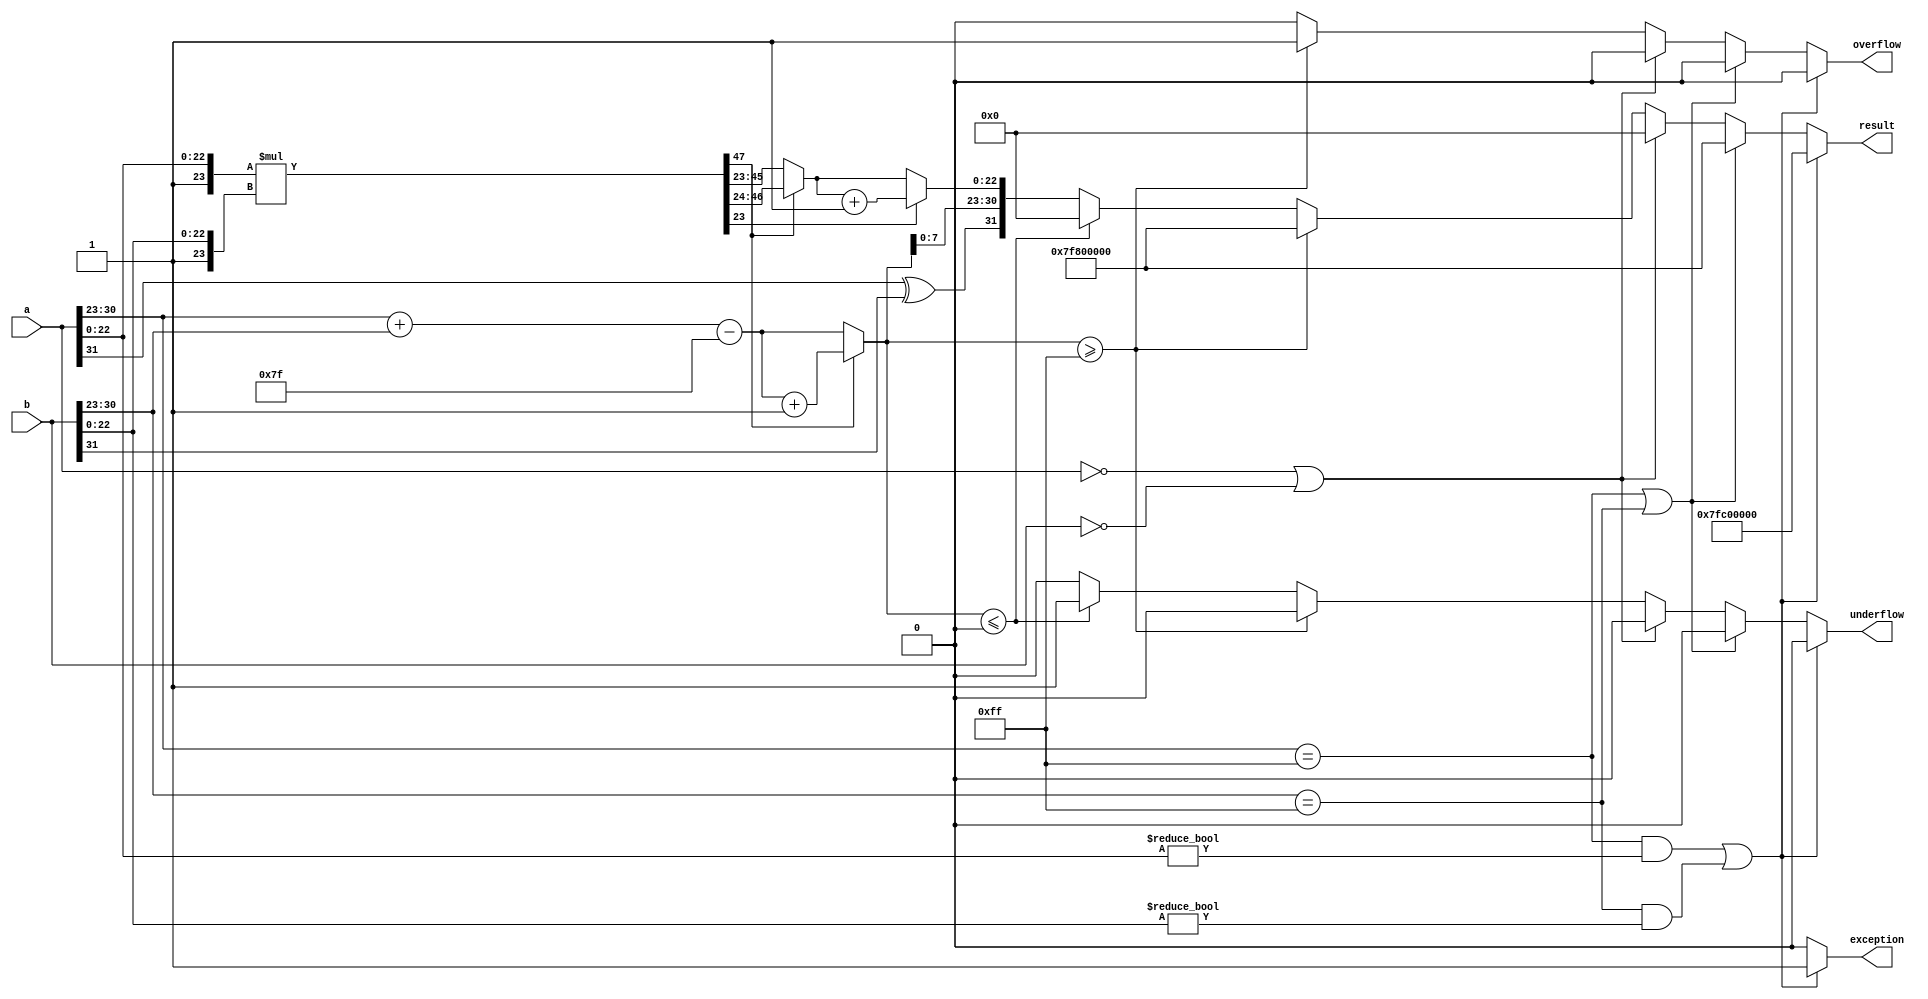
module floating_point_multiplier (
    input  wire [31:0] a,          // Input floating-point number a
    input  wire [31:0] b,          // Input floating-point number b
    output reg  [31:0] result,     // Output floating-point result
    output reg  overflow,           // Overflow flag
    output reg  underflow,          // Underflow flag
    output reg  exception           // Exception flag
);

    // Constants
    localparam EXPONENT_BITS = 8;
    localparam MANTISSA_BITS = 23;
    localparam BIAS = 127;
    localparam EXPONENT_MAX = 255; // 2^8 - 1
    localparam EXPONENT_MIN = 1;   // Denormalized exponent

    // Intermediate signals
    wire sign_a, sign_b;
    wire [EXPONENT_BITS-1:0] exp_a, exp_b;
    wire [MANTISSA_BITS-1:0] mant_a, mant_b;
    wire [MANTISSA_BITS+1:0] mant_a_full, mant_b_full; // 24 bits including implicit bit
    wire [47:0] mant_product;     // 48 bits for mantissa product
    reg [EXPONENT_BITS:0] exp_result; // 9 bits to handle overflow
    reg [MANTISSA_BITS-1:0] mant_result;

    // Extract sign, exponent, and mantissa
    assign sign_a = a[31];
    assign sign_b = b[31];
    assign exp_a = a[30:23];
    assign exp_b = b[30:23];
    assign mant_a = a[22:0];
    assign mant_b = b[22:0];
    
    // Handle special cases
    always @* begin
        // Default output configurations
        result = 32'b0;
        overflow = 1'b0;
        underflow = 1'b0;
        exception = 1'b0;

        // Check for NaN or Infinity
        if ((exp_a == EXPONENT_MAX && mant_a != 0) || (exp_b == EXPONENT_MAX && mant_b != 0)) begin
            exception = 1'b1; // NaN case
            result = 32'b01111111110000000000000000000000; // NaN representation
        end else if (exp_a == EXPONENT_MAX || exp_b == EXPONENT_MAX) begin
            result = {sign_a ^ sign_b, EXPONENT_MAX, 23'b0}; // Infinity case
        end else if (a == 32'b0 || b == 32'b0) begin
            result = 32'b0; // Zero case
        end else begin
            // Perform multiplication
            mant_a_full = {1'b1, mant_a}; // 1.xxxxx format
            mant_b_full = {1'b1, mant_b}; // 1.xxxxx format
            mant_product = mant_a_full * mant_b_full; // 48-bit product

            // Calculate exponent
            exp_result = exp_a + exp_b - BIAS;

            // Normalize
            if (mant_product[47]) begin
                mant_result = mant_product[46:24]; // Normalized
                exp_result = exp_result + 1; // Adjust exponent
            end else begin
                mant_result = mant_product[45:23]; // Normalize
            end
            
            // Check for overflow and underflow
            if (exp_result >= EXPONENT_MAX) begin
                overflow = 1'b1;
                result = {sign_a ^ sign_b, EXPONENT_MAX, 23'b0}; // Infinity
            end else if (exp_result <= 0) begin
                underflow = 1'b1;
                result = 32'b0; // Handle underflow
            end else begin
                // Round the mantissa (round to nearest even)
                if (mant_product[23]) begin
                    mant_result = mant_result + 1; // Simple rounding
                end

                // Assemble final result
                result = {sign_a ^ sign_b, exp_result[7:0], mant_result[MANTISSA_BITS-1:0]};
            end
        end
    end
endmodule